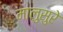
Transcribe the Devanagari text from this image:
मालुसुरे